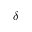
\delta